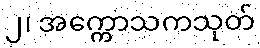
၂၊ အက္ကောသကသုတ်